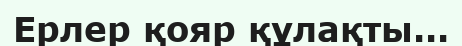
Ерлер қояр құлақты...